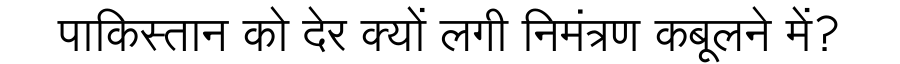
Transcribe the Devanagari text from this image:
पाकिस्तान को देर क्यों लगी निमंत्रण कबूलने में?